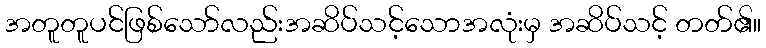
အတူတူပင်ဖြစ်သော်လည်းအဆိပ်သင့်သောအလုံးမှ အဆိပ်သင့် တတ်၏။